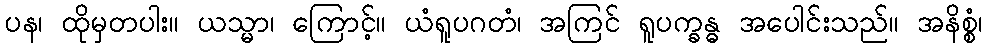
ပန၊ ထိုမှတပါး။ ယသ္မာ၊ ကြောင့်။ ယံရူပဂတံ၊ အကြင် ရူပက္ခန္ဓ အပေါင်းသည်။ အနိစ္စံ၊